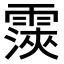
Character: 𮦨